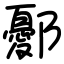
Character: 鄾